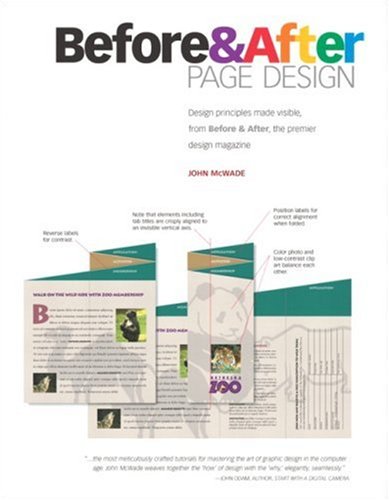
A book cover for Before & After Page Design; John McWade; Computers & Technology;